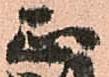
正